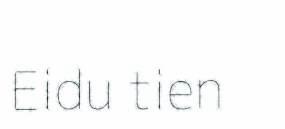
Eidu tien